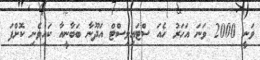
ވަނީ 2000 ވަނަ އަހަރު ހެއަ ސްޓައިލިސްޓް އަދޫނާ ބަބާނީއާ ކައިވެނި ކޮށްފަ